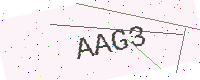
Text: AAG3